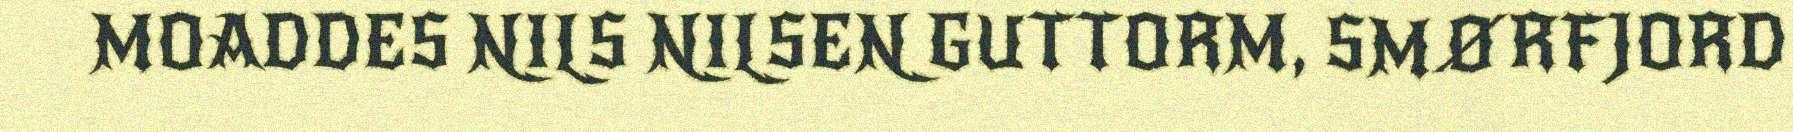
MOADDES NILS NILSEN GUTTORM, SMØRFJORD